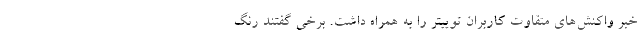
خبر واکنش‌های متقاوت کاربران توییتر را به همراه داشت. برخی گفتند رنگ